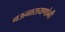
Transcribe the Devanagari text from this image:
नऊनारायणांनी